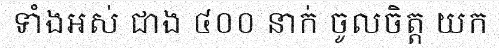
ទាំងអស់ ជាង ៤០០ នាក់ ចូលចិត្ត យក